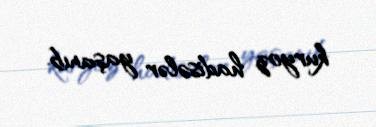
kuryoz hadisələr yaşanıb.